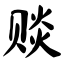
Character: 赕